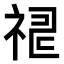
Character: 𥙸